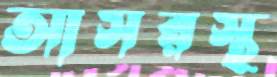
আসরস্থ